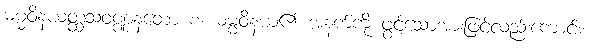
ဓမ္မဝိနယတ္ထသံဝဏ္ဏနတော စ၊ ဓမ္မဝိနယ၏ အနက်ကို ဖွင့်သောအားဖြင့်လည်းကောင်း။